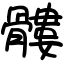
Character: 髏